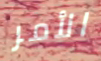
الأمر